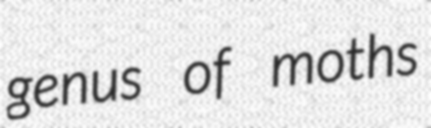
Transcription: genus of moths